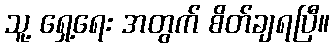
သူ့ ရှေ့ရေး အတွက် စိတ်ချရပြီ။